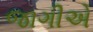
જાગીએ